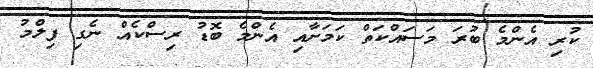
ކުރި އެންމެ ބުރަ މަސައްކަތް ކަމަށާއި އެންމެ ބޮޑު ރިސްކެއް ނެގި ފިލްމު